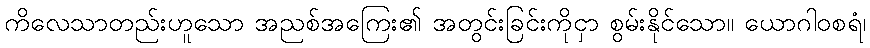
ကိလေသာတည်းဟူသော အညစ်အကြေး၏ အတွင်းခြင်းကိုငှာ စွမ်းနိုင်သော။ ယောဂါဝစရံ၊